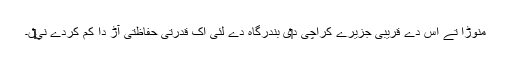
منوڑا تے اس دے قریبی جزیرے کراچی د‏‏ی بندرگاہ دے لئی اک قدرتی حفاظتی آڑ دا کم کردے ني‏‏‏‏ں۔